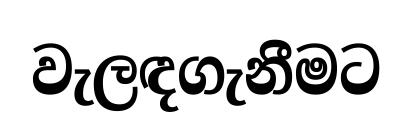
වැලඳගැනීමට